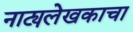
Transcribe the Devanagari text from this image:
नाट्यलेखकाचा